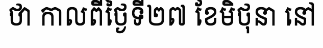
ថា កាលពីថ្ងៃទី២៧ ខែមិថុនា នៅ